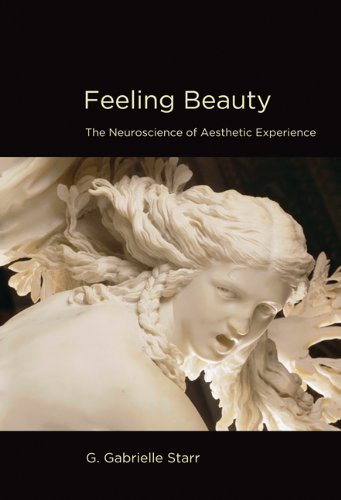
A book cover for Feeling Beauty: The Neuroscience of Aesthetic Experience; G. Gabrielle Starr; Politics & Social Sciences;